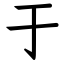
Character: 于